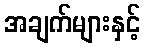
အချက်များနှင့်